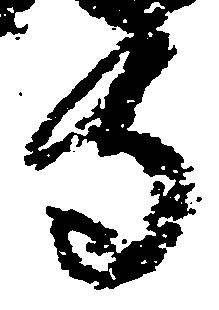
寺